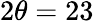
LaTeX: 2\theta=23